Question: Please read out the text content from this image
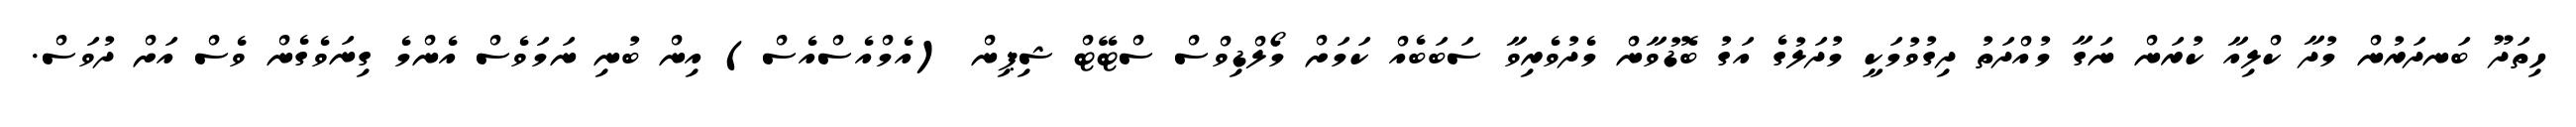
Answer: ހިތަދޫ ބަނދަރުން މުދާ ކްލިއާ ކުރަން ނަގާ މުއްދަތު ދިގުވުމަކީ މުދަލުގެ އަގު ބޮޑުވާން މެދުވެރިވާ ސަބަބެއް ކަމަށް މޯލްޑިވްސް ސްޓޭޓް ޝިޕިން (އެމްއެސްއެސް) އިން ބުނި ނަމަވެސް އެންމެ ގިނަވެގެން ވެސް އަށް ދުވަސް.